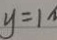
y = 1